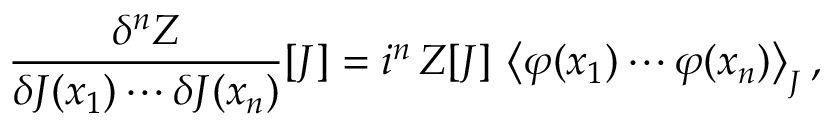
{ \frac { \delta ^ { n } Z } { \delta J ( x _ { 1 } ) \cdots \delta J ( x _ { n } ) } } [ J ] = i ^ { n } \, Z [ J ] \, \left\langle \varphi ( x _ { 1 } ) \cdots \varphi ( x _ { n } ) \right\rangle _ { J } ,